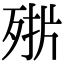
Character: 𣨊